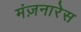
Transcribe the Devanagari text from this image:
मंज़नारेस